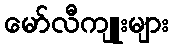
မော်လီကျူးများ